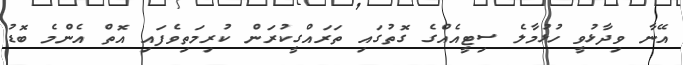
އޭނާ ވިދާޅުވީ ހުޅުމާލެ ސިޓީއެއްގެ ގޮތުގައި ތަރައްގީކުރަން ކުރިމަތިވެފައި އޮތް އެންމެ ބޮޑު